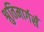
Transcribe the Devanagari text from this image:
श्रुतिमार्गसँ